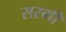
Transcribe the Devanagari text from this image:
सरगी